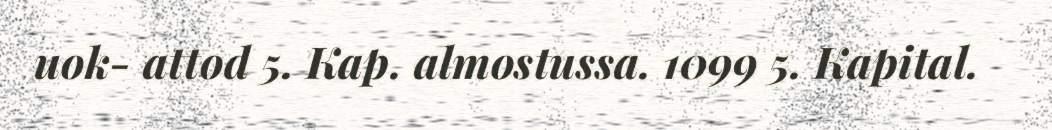
uok- attod 5. Kap. almostussa. 1099 5. Kapital.